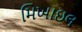
મિખાઇલ